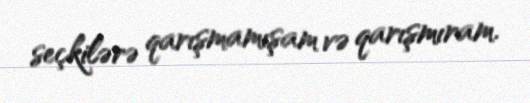
seçkilərə qarışmamışam və qarışmıram.